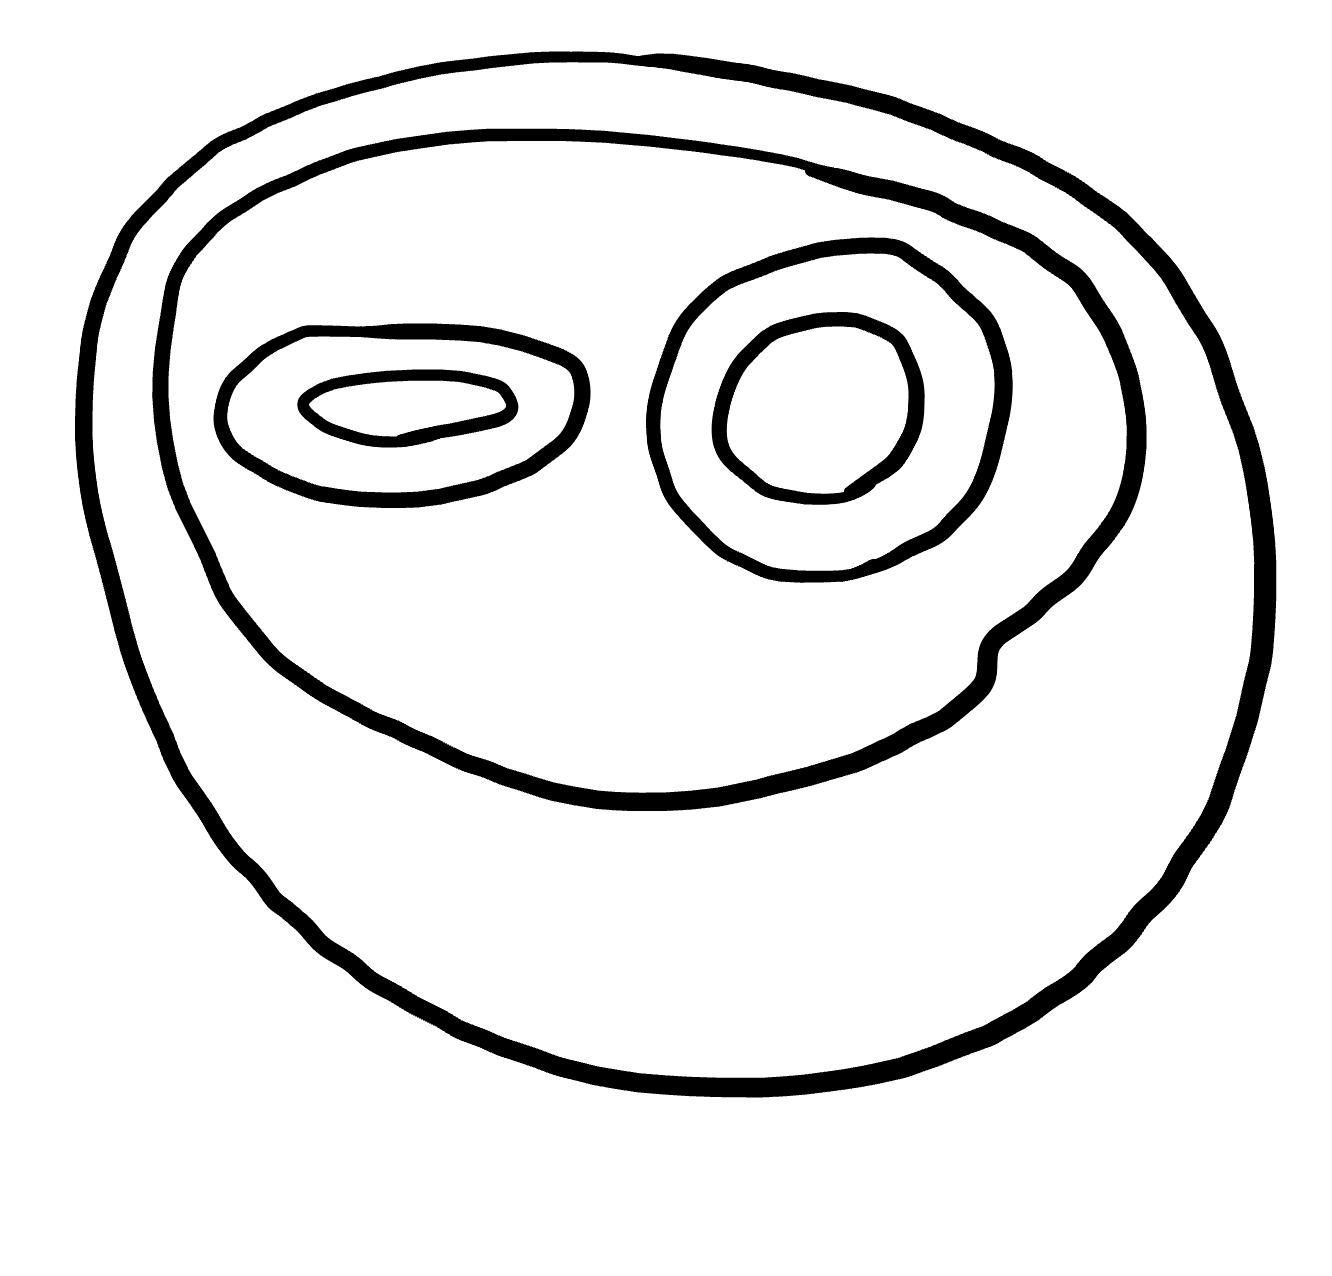
Number of regions (including the outer root region): 7
Containment tree edges (parent, child): 0, 1, 1, 2, 2, 3, 2, 5, 3, 4, 5, 6